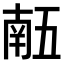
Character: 𠄼